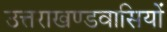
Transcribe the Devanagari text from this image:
उत्तराखण्डवासियों